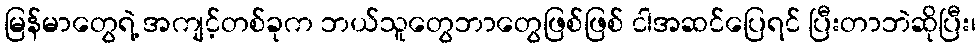
မြန်မာတွေရဲ့ အကျင့်တစ်ခုက ဘယ်သူတွေဘာတွေဖြစ်ဖြစ် ငါအဆင်ပြေရင် ပြီးတာဘဲဆိုပြီး၊